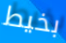
بخيط